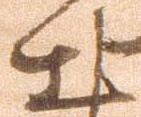
出